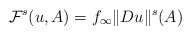
\begin{align*}\mathcal F^s(u,A)=f_{\infty}\Vert Du\Vert^s(A)\end{align*}